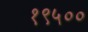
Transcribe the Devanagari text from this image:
१९५००